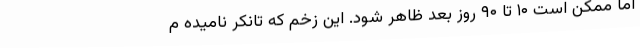
اما ممکن است ۱۰ تا ۹۰ روز بعد ظاهر شود. این زخم که تانکر نامیده م